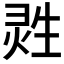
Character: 𱫟